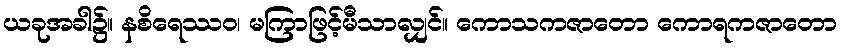
ယခုအခါ၌။ နစိရေဿဝ၊ မကြာဖြင့်မီသာလျှင်။ ကောသကဇာတော ကောရကဇာတော